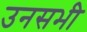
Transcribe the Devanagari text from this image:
उनसभी